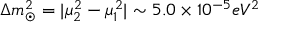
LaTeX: \Delta m _ { \odot } ^ { 2 } = | \mu _ { 2 } ^ { 2 } - \mu _ { 1 } ^ { 2 } | \sim 5 . 0 \times 1 0 ^ { - 5 } e V ^ { 2 }